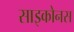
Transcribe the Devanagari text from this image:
साइकोनस